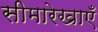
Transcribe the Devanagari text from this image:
सीमारेखाएँ